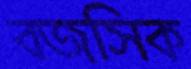
বজসিক